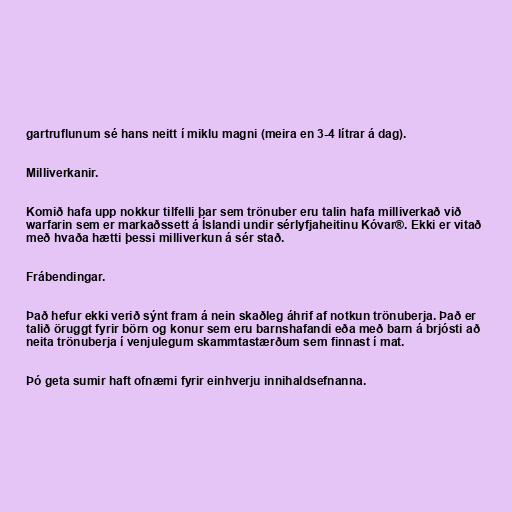
gartruflunum sé hans neitt í miklu magni (meira en 3-4 lítrar á dag).

Milliverkanir.

Komið hafa upp nokkur tilfelli þar sem trönuber eru talin hafa milliverkað við
warfarin sem er markaðssett á Íslandi undir sérlyfjaheitinu Kóvar®. Ekki er vitað
með hvaða hætti þessi milliverkun á sér stað.

Frábendingar.

Það hefur ekki verið sýnt fram á nein skaðleg áhrif af notkun trönuberja. Það er
talið öruggt fyrir börn og konur sem eru barnshafandi eða með barn á brjósti að
neita trönuberja í venjulegum skammtastærðum sem finnast í mat.

Þó geta sumir haft ofnæmi fyrir einhverju innihaldsefnanna.